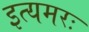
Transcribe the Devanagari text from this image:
इत्यमरः